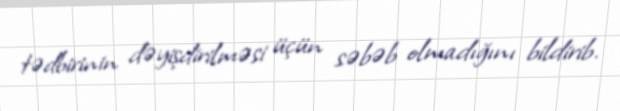
tədbirinin dəyişdirilməsi üçün səbəb olmadığını bildirib.